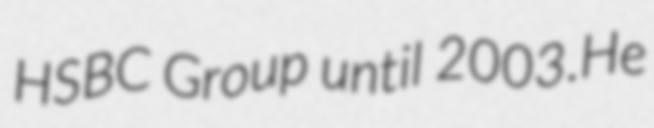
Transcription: HSBC Group until 2003.He